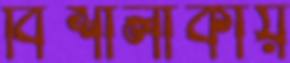
বিশালাকায়